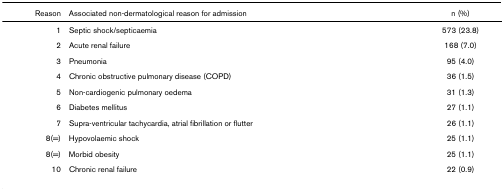
<table><thead><tr><td><b>Reason</b></td><td><b>Associated non-dermatological reason for admission</b></td><td><b>n (%)</b></td></tr></thead><tbody><tr><td>1</td><td>Septic shock/septicaemia</td><td>573 (23.8)</td></tr><tr><td>2</td><td>Acute renal failure</td><td>168 (7.0)</td></tr><tr><td>3</td><td>Pneumonia</td><td>95 (4.0)</td></tr><tr><td>4</td><td>Chronic obstructive pulmonary disease (COPD)</td><td>36 (1.5)</td></tr><tr><td>5</td><td>Non-cardiogenic pulmonary oedema</td><td>31 (1.3)</td></tr><tr><td>6</td><td>Diabetes mellitus</td><td>27 (1.1)</td></tr><tr><td>7</td><td>Supra-ventricular tachycardia, atrial fibrillation or flutter</td><td>26 (1.1)</td></tr><tr><td>8(=)</td><td>Hypovolaemic shock</td><td>25 (1.1)</td></tr><tr><td>8(=)</td><td>Morbid obesity</td><td>25 (1.1)</td></tr><tr><td>10</td><td>Chronic renal failure</td><td>22 (0.9)</td></tr></tbody></table>